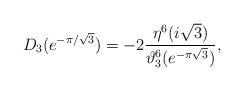
LaTeX: \begin{align*}D_3(e^{-\pi/\sqrt{3}})=-2\frac{\eta^6(i\sqrt{3})}{\vartheta_3^6(e^{-\pi\sqrt{3}})},\end{align*}